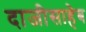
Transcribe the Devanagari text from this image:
दाजीसाहेब